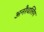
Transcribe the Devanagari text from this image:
अनरैवलिंग